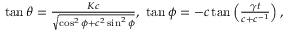
\begin{array} { r } { \tan \theta = \frac { K c } { \sqrt { \cos ^ { 2 } \phi + c ^ { 2 } \sin ^ { 2 } \phi } } , ~ \tan \phi = - c \tan \left( \frac { \gamma t } { c + c ^ { - 1 } } \right) , } \end{array}